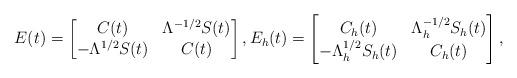
LaTeX: \begin{align*}E(t)=\begin{bmatrix} C(t) & \Lambda^{-1/2}S(t) \\ -\Lambda^{1/2}S(t) & C(t) \end{bmatrix},E_h(t)=\begin{bmatrix} C_h(t) & \Lambda_h^{-1/2}S_h(t) \\ -\Lambda_h^{1/2}S_h(t) & C_h(t) \end{bmatrix},\end{align*}